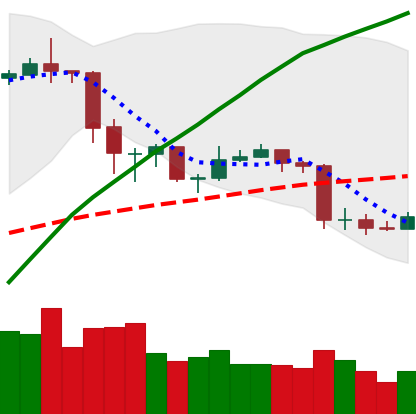
Ticker: ETC-USD
Chart end date: 2020-03-01
Forward return: 5.573%
Label: up_5_7